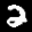
Label: 2